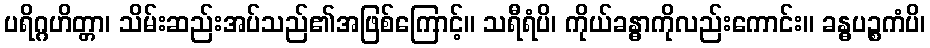
ပရိဂ္ဂဟိတ္တာ၊ သိမ်းဆည်းအပ်သည်၏အဖြစ်ကြောင့်။ သရီရံပိ၊ ကိုယ်ခန္ဓာကိုလည်းကောင်း။ ခန္ဓပဉ္စကံပိ၊